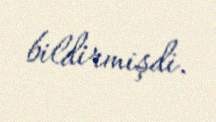
bildirmişdi.